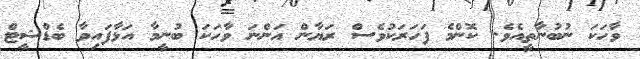
ވާހަކަ ނުބުނާތީއެވެ. ކޮންމެ ފަހަރަކުވެސް ރަޔާން އަންނަ ވާހަކަ ބުނީމާ އަޅާފައިވާ ބެޑްޝީޓް